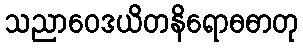
သညာဝေဒယိတနိရောဓဓာတု